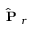
\hat { \mathrm { ~ \bf ~ P ~ } } _ { r }